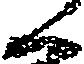
く